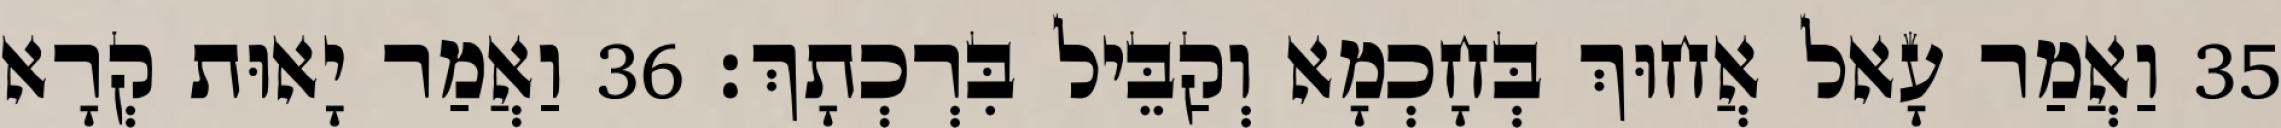
35 וַאֲמַר עָאל אֲחוּךְ בְּחָכְמָא וְקַבֵּיל בִּרְכְתָךְ׃ 36 וַאֲמַר יָאוּת קְרָא